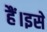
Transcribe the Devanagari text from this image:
हैं।इसे